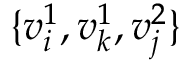
\{ v _ { i } ^ { 1 } , v _ { k } ^ { 1 } , v _ { j } ^ { 2 } \}